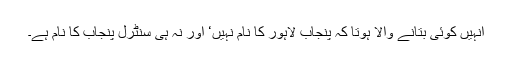
انہیں کوئی بتانے والا ہوتا کہ پنجاب لاہور کا نام نہیں‘ اور نہ ہی سنٹرل پنجاب کا نام ہے۔